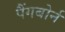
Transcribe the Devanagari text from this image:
पैंगबोर्न